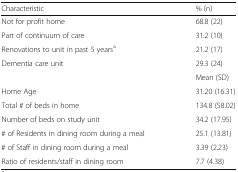
<table><thead><tr><td><b>Characteristic</b></td><td><b>% (n)</b></td></tr></thead><tbody><tr><td>Not for profit home</td><td>68.8 (22)</td></tr><tr><td>Part of continuum of care</td><td>31.2 (10)</td></tr><tr><td>Renovations to unit in past 5 years<sup>a</sup></td><td>21.2 (17)</td></tr><tr><td>Dementia care unit</td><td>29.3 (24)</td></tr><tr><td></td><td>Mean (SD)</td></tr><tr><td>Home Age</td><td>31.20 (16.31)</td></tr><tr><td>Total # of beds in home</td><td>134.8 (58.02)</td></tr><tr><td>Number of beds on study unit</td><td>34.2 (17.95)</td></tr><tr><td># of Residents in dining room during a meal</td><td>25.1 (13.81)</td></tr><tr><td># of Staff in dining room during a meal</td><td>3.39 (2.23)</td></tr><tr><td>Ratio of residents/staff in dining room</td><td>7.7 (4.38)</td></tr></tbody></table>